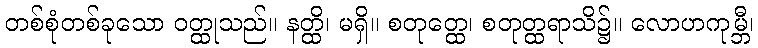
တစ်စုံတစ်ခုသော ဝတ္ထုသည်။ နတ္ထိ၊ မရှိ။ စတုတ္ထေ၊ စတုတ္ထရာသိ၌။ လောဟကုမ္ဘီ၊